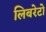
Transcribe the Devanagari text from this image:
लिबरेटो